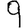
Digit: 9